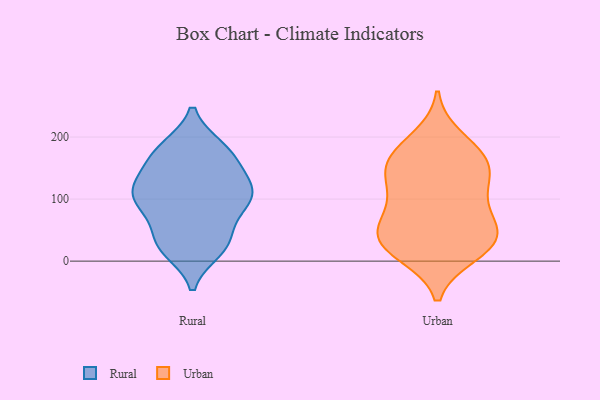
{"axis": {"x": "Market Share (%)", "y": "Value"}, "legend": ["Rural", "Urban"], "data": [{"x": "", "y": 28, "type": "Rural"}, {"x": "", "y": 71, "type": "Rural"}, {"x": "", "y": 93, "type": "Rural"}, {"x": "", "y": 174, "type": "Rural"}, {"x": "", "y": 114, "type": "Rural"}, {"x": "", "y": 154, "type": "Rural"}, {"x": "", "y": 99, "type": "Rural"}, {"x": "", "y": 99, "type": "Rural"}, {"x": "", "y": 179, "type": "Rural"}, {"x": "", "y": 129, "type": "Rural"}, {"x": "", "y": 31, "type": "Rural"}, {"x": "", "y": 20, "type": "Rural"}, {"x": "", "y": 96, "type": "Rural"}, {"x": "", "y": 18, "type": "Rural"}, {"x": "", "y": 180, "type": "Rural"}, {"x": "", "y": 137, "type": "Rural"}, {"x": "", "y": 121, "type": "Rural"}, {"x": "", "y": 105, "type": "Rural"}, {"x": "", "y": 39, "type": "Rural"}, {"x": "", "y": 183, "type": "Rural"}, {"x": "", "y": 33, "type": "Urban"}, {"x": "", "y": 83, "type": "Urban"}, {"x": "", "y": 41, "type": "Urban"}, {"x": "", "y": 199, "type": "Urban"}, {"x": "", "y": 150, "type": "Urban"}, {"x": "", "y": 127, "type": "Urban"}, {"x": "", "y": 155, "type": "Urban"}, {"x": "", "y": 46, "type": "Urban"}, {"x": "", "y": 24, "type": "Urban"}, {"x": "", "y": 111, "type": "Urban"}, {"x": "", "y": 11, "type": "Urban"}, {"x": "", "y": 12, "type": "Urban"}, {"x": "", "y": 158, "type": "Urban"}, {"x": "", "y": 52, "type": "Urban"}, {"x": "", "y": 102, "type": "Urban"}, {"x": "", "y": 54, "type": "Urban"}, {"x": "", "y": 162, "type": "Urban"}, {"x": "", "y": 181, "type": "Urban"}]}